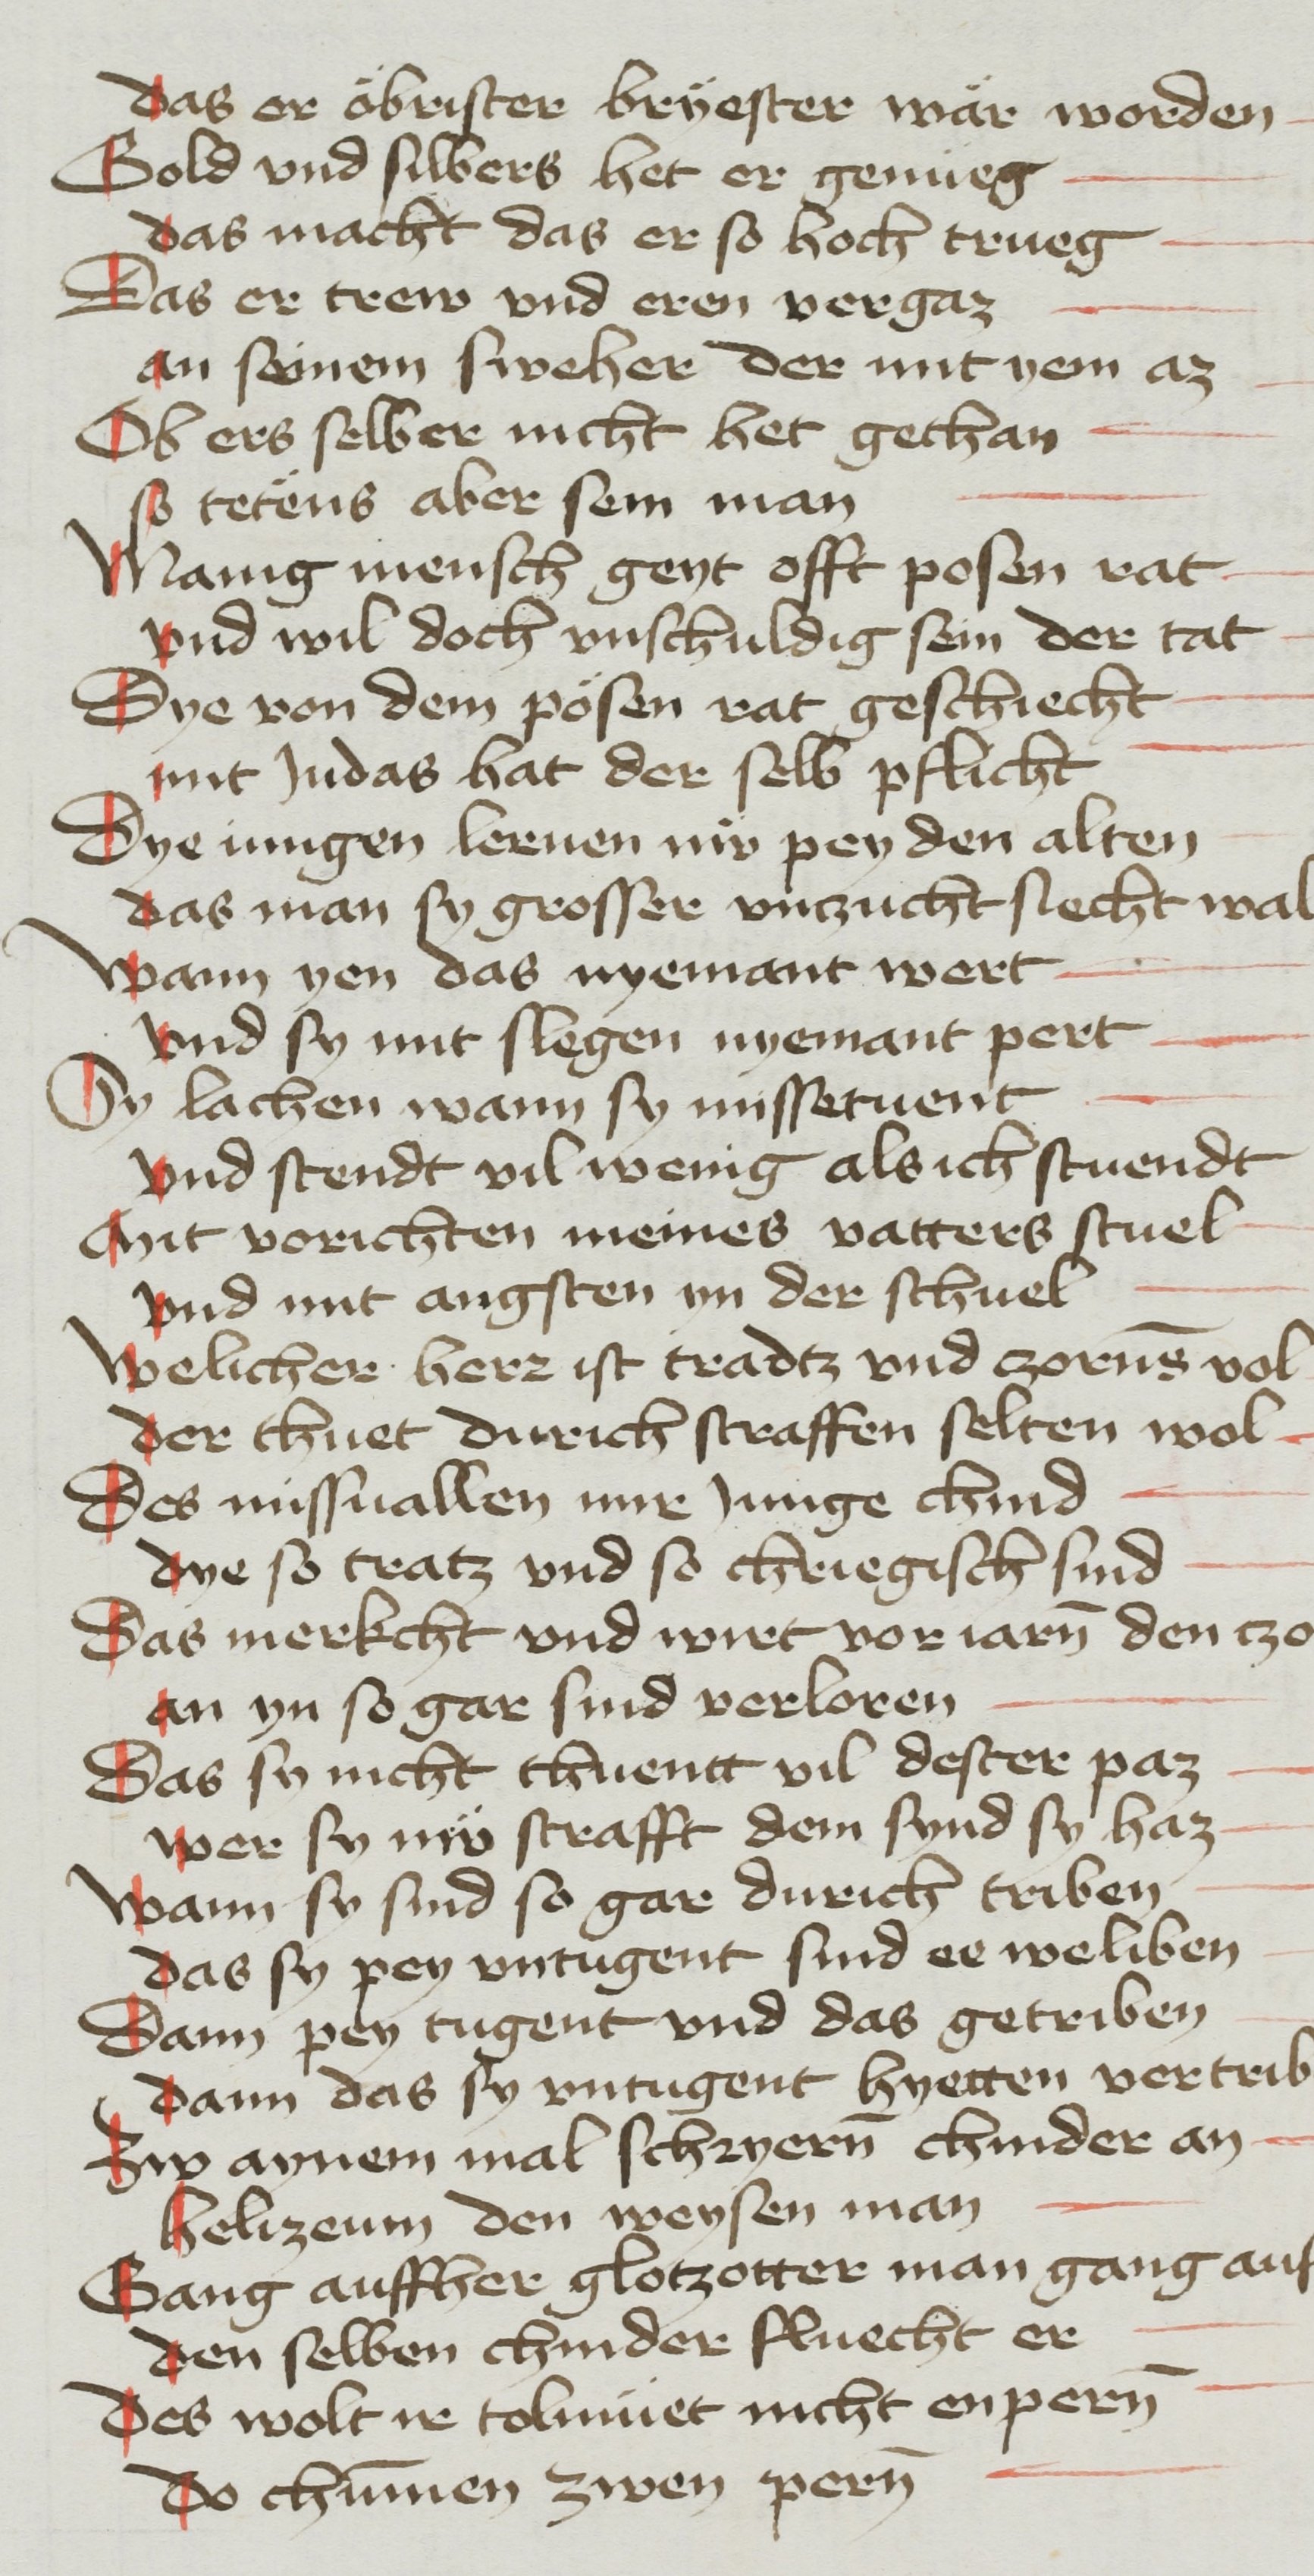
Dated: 1468–1468